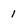
Character: 1